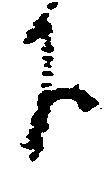
下